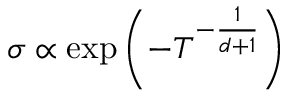
\sigma \propto \exp \left( - T ^ { - { \frac { 1 } { d + 1 } } } \right)